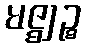
မဇ္ဈဉ္စ